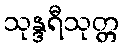
သုန္ဒရီသုတ္တ